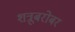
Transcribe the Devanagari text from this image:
शत्रूबरोबर